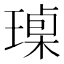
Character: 𱯟